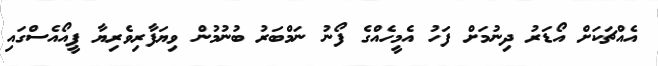
އެއްޗަކަށް އޯޑަރު ދިނުމަށް ފަހު އެމީހެއްގެ ފޯނު ނަމްބަރު ބުނުމުން ވިޔަފާރިވެރިޔާ ޕީއޯއެސްގައި